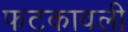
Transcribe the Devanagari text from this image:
फटकावली